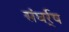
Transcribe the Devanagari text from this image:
संघर्र्ष